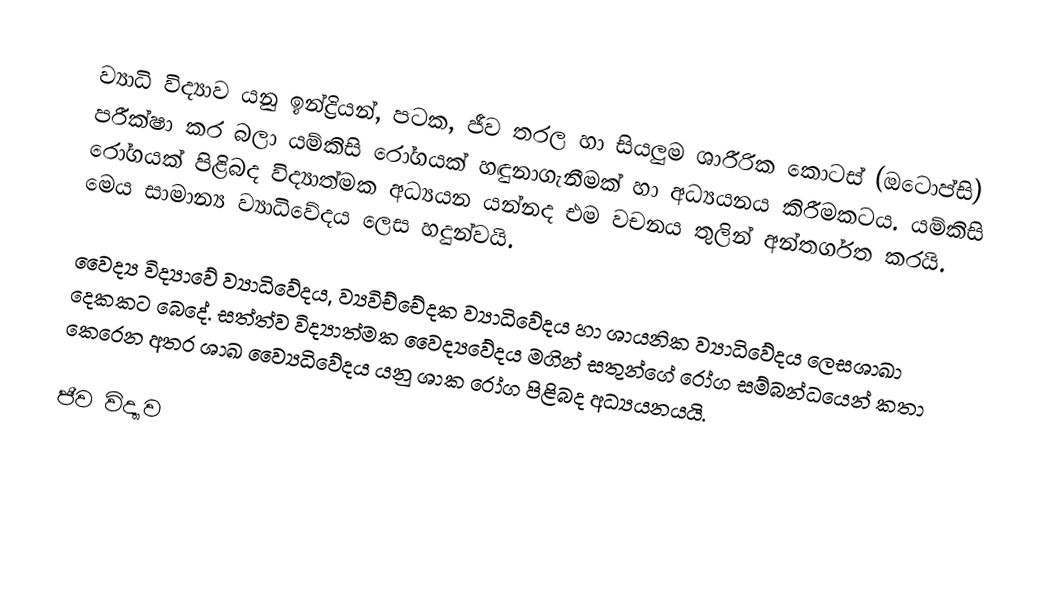
ව්‍යාධි විද්‍යාව යනු ඉන්ද්‍රියන්, පටක, ජීව තරල හා සියලුම ශාරීරික කොටස් (ඔටොප්සි) පරීක්ෂා කර බලා යම්කිසි රෝගයක් හඳුනාගැනීමක් හා අධ්‍යයනය කිරීමකටය. යම්කිසි රෝගයක් පිළිබද විද්‍යාත්මක අධ්‍යයන යන්නද එම වචනය තුලින් අන්තර්ගත කරයි. මෙය සාමාන්‍ය ව්‍යාධිවේදය ලෙස හදුන්වයි.

වෛද්‍ය විද්‍යාවේ ව්‍යාධිවේදය, ව්‍යවිච්චේදක ව්‍යාධිවේදය හා ශායනික ව්‍යාධිවේදය ලෙසශාඛා දෙකකට බෙදේ. සත්ත්ව විද්‍යාත්මක වෛද්‍යවේදය මගින් සතුන්ගේ රෝග සම්බන්ධයෙන් කතා කෙරෙන අතර ශාඛ ව්‍යෛධිවේදය  යනු ශාක රෝග පිළිබද අධ්‍යයනයයි.

ජීව විද්‍යාව